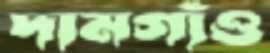
দামগাঁও